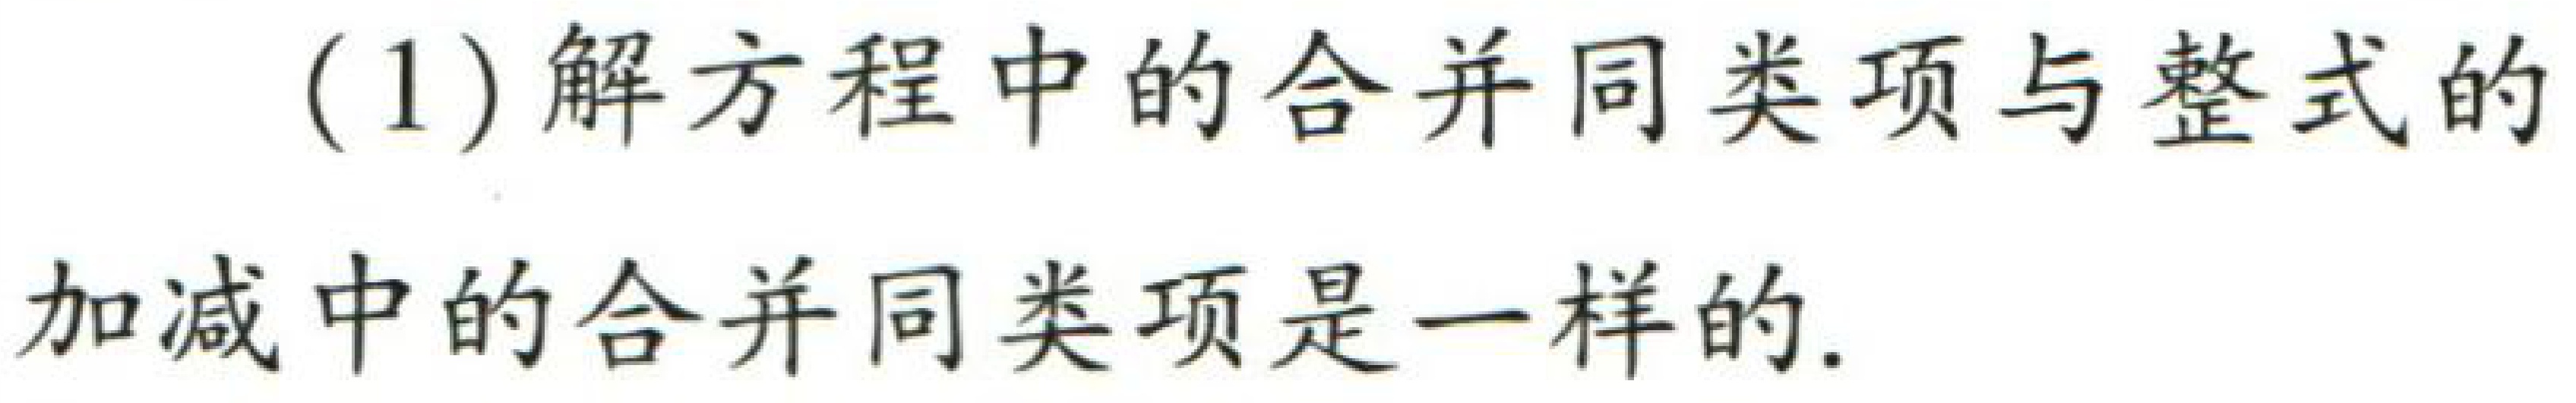
(1) 解方程中的合并同类项与整式的

加减中的合并同类项是一样的.